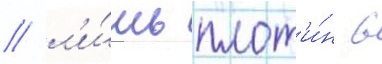
/ л'и́шь плот'и́н в